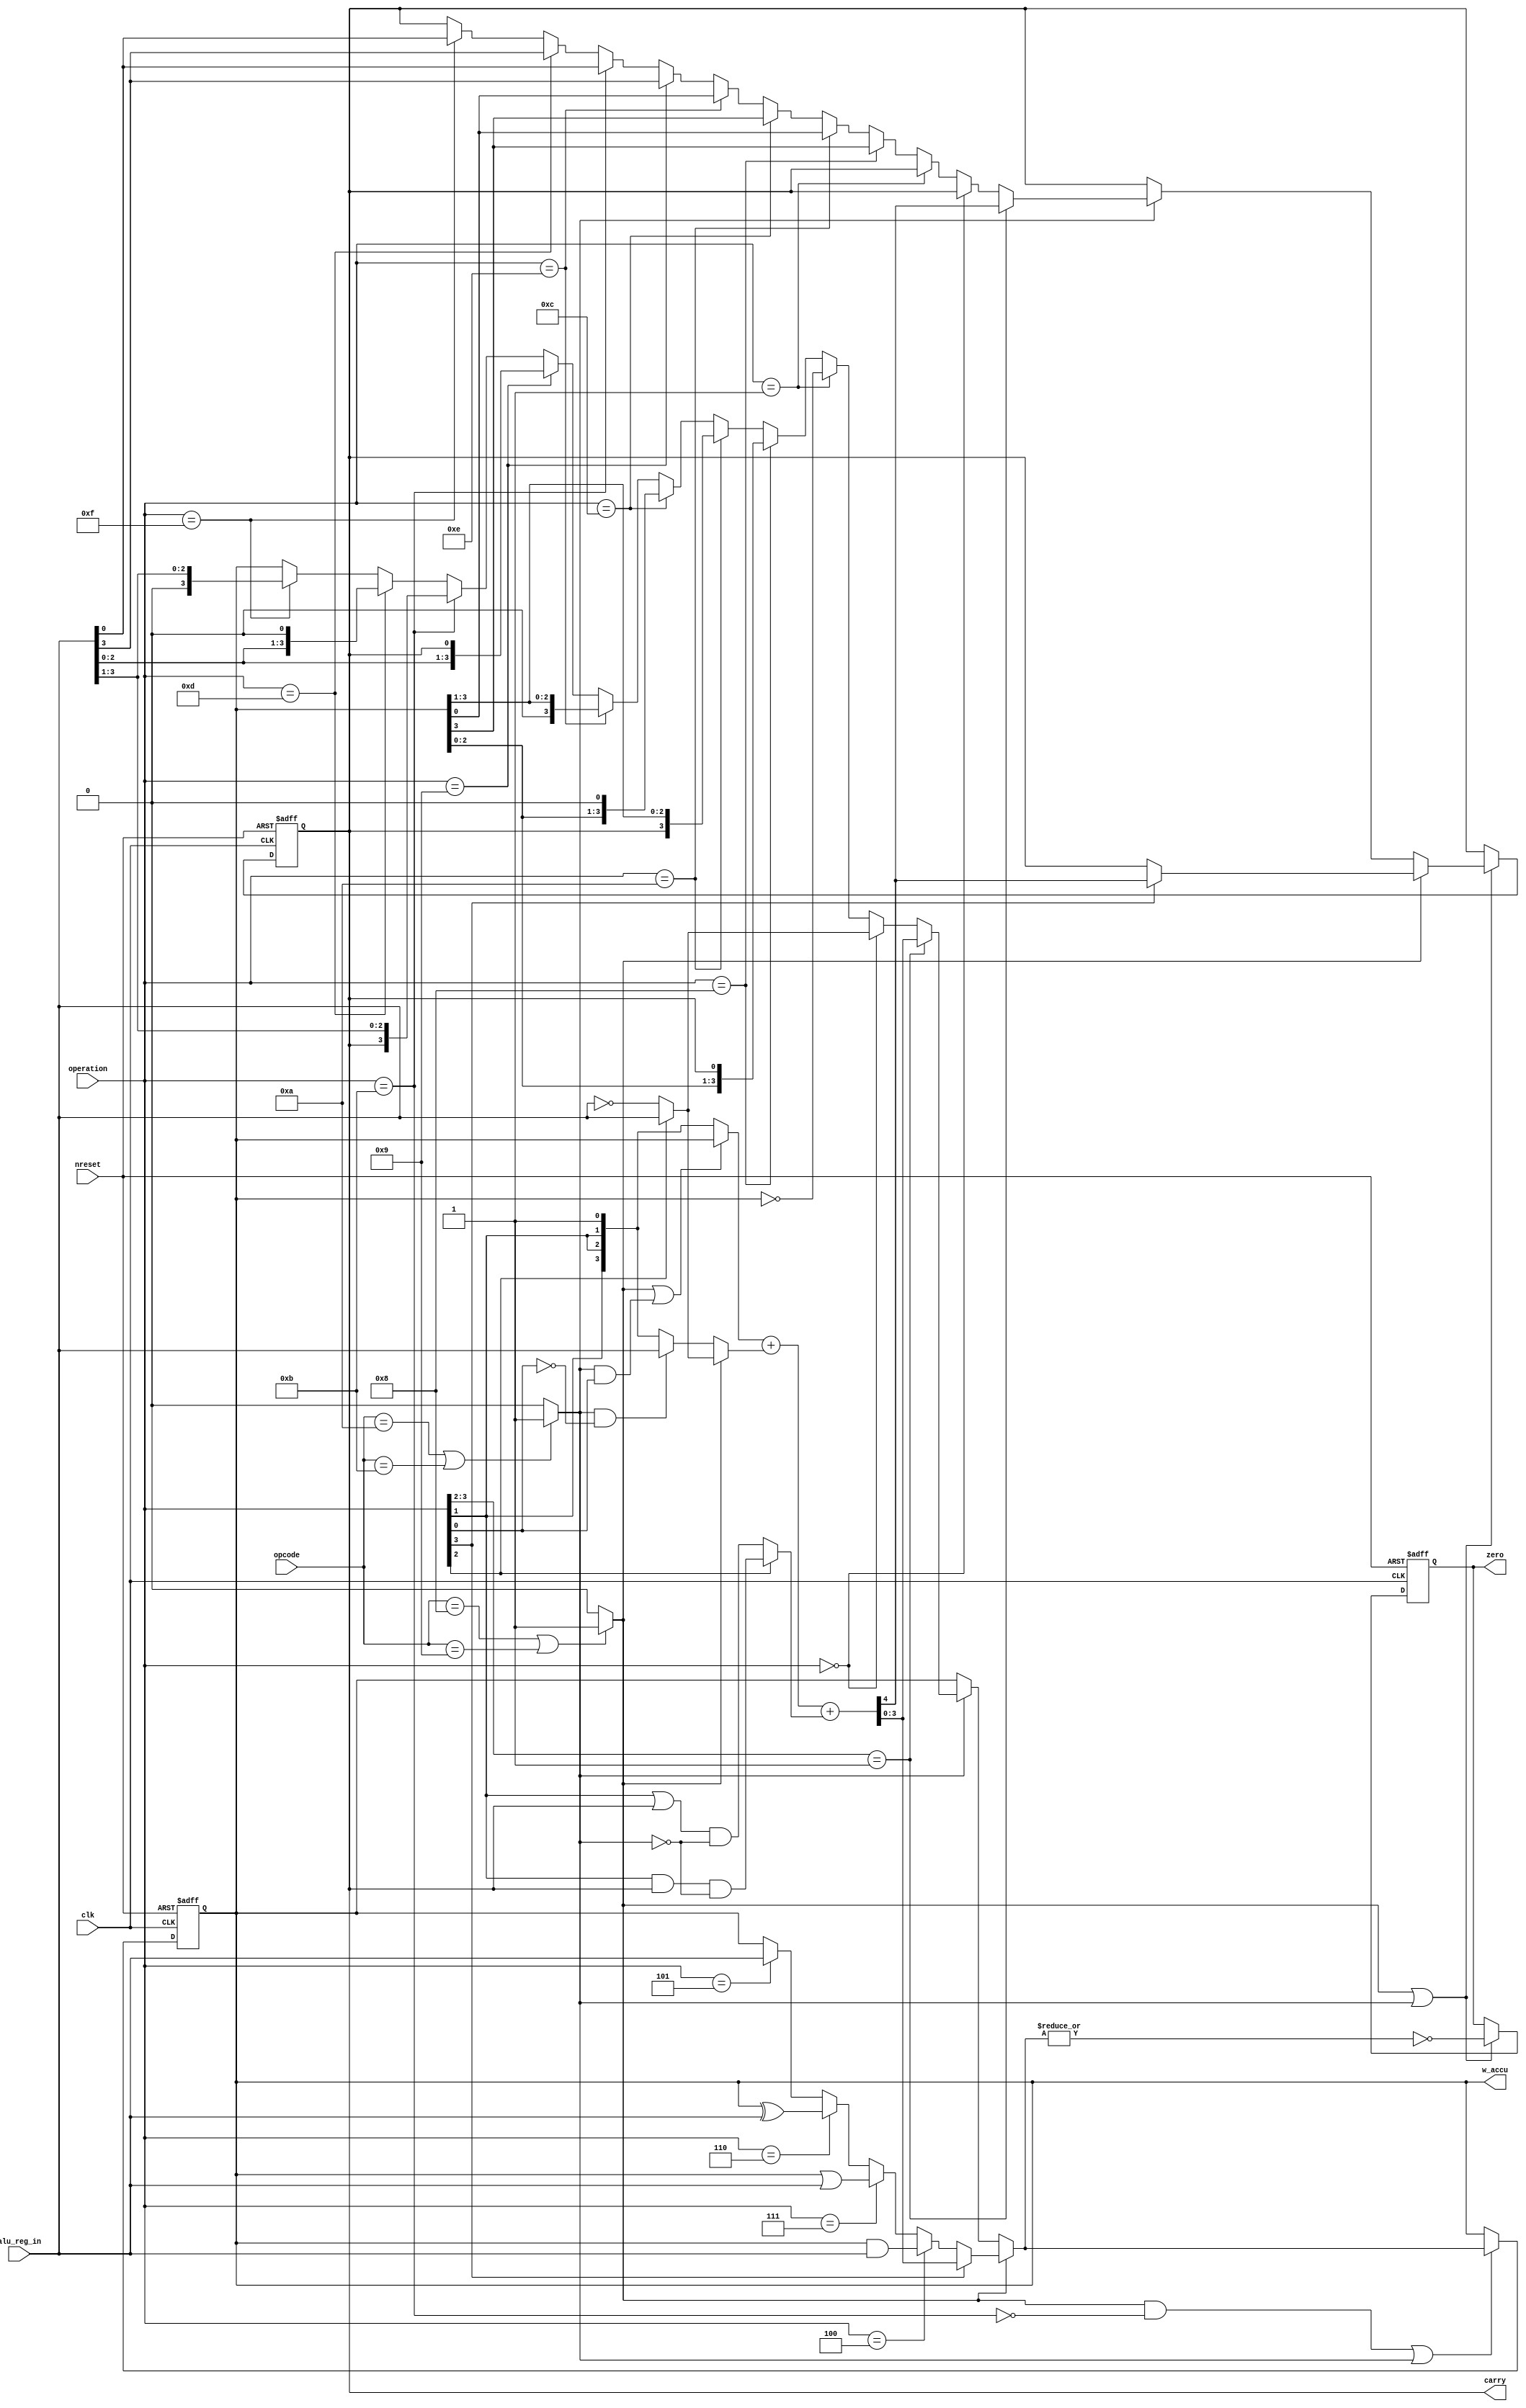
/*
///////////////////////////////////////////////////////////////////////////////
//
// Project        : -
// Block          : risc4b
// Department     : 
// Creation Date  : 
// Author's email : 
// License        : see MIT license file
//
///////////////////////////////////////////////////////////////////////////////
//
// Module Description:
// 
// ALU (Arithmetic Logic Unit) for RISC4B (4 bits RISC)
//
///////////////////////////////////////////////////////////////////////////////
//
// Design Notes :  
//
///////////////////////////////////////////////////////////////////////////////
*/
`timescale 1ns / 1ps

module alu (
           nreset      , 
           clk         ,
           opcode      ,
           operation   ,
           alu_reg_in  ,
           w_accu      ,
           zero        ,
           carry
);

parameter REG_SIZE     = 4 ;

input            nreset      ;
input            clk         ;   
input [3:0]      opcode      ;
input [3:0]      operation   ;
input      [(REG_SIZE-1):0] alu_reg_in  ;
output reg [(REG_SIZE-1):0] w_accu      ;
output reg       zero        ;
output reg       carry       ;

// signals that indicates binary/unary instructions
wire       binary_op ;
wire       unary_op  ;
reg        CO        ;
wire       Y         ;
wire       Z         ;
wire [(REG_SIZE-1):0] Reg_xor   ;
reg  [(REG_SIZE-1):0] W         ;
wire [(REG_SIZE-1):0] in_A      ;
wire [(REG_SIZE-1):0] in_B      ;
wire [(REG_SIZE):0] S           ;

//-------------------------------------------
//-- unary or binary
//-------------------------------------------
assign binary_op = (opcode==4'h8 || opcode==4'h9) ? 1'b1 : 1'b0;
assign unary_op  = (opcode==4'hA || opcode==4'hB) ? 1'b1 : 1'b0;

//-------------------------------------------
//-- Y is the ADDER Carry-in
//-------------------------------------------
assign Y = (!operation[2]) ? ((operation[1] || carry) && !unary_op) :
                             ((operation[1] && carry) && !unary_op);

assign Z = ~|W; 

assign Reg_xor = (operation[2]) ? alu_reg_in : ~alu_reg_in;

//-------------------------------------------
//-- ADDER for ADD, ADDC, SUB, SUBC, INC, DEC
//-------------------------------------------
assign in_A = (binary_op || (unary_op && operation[0])) ? w_accu :
                                                          {{(REG_SIZE-1){operation[1]}}, 1'b1};
//              {operation[1], operation[1], operation[1], 1'b1};

assign in_B = (binary_op) ?                     Reg_xor    :
              ((unary_op) && (!operation[0])) ? alu_reg_in :
                                                {{(REG_SIZE-1){operation[1]}}, 1'b1};
//                  {operation[1], operation[1], operation[1], 1'b1};

assign #(2) S = in_A + in_B + Y;
  
//-------------------------------------------
//-- output process
//-------------------------------------------
always @(*)  
begin
    #(2) W  = w_accu;
    #(2) CO = carry; 

    // Binary operations
    if (binary_op) 
    begin	  
           if (operation[3])    {CO, W} = S; // ADD, SUB
      else if (operation==4'h4) W = w_accu & alu_reg_in; // AND
	  else if (operation==4'h7) W = w_accu | alu_reg_in; // OR
	  else if (operation==4'h6) W = w_accu ^ alu_reg_in; // XOR
	  else if (operation==4'h5) W = alu_reg_in; // NOP	  
	end

    // Unary Operations
    else if (unary_op) 
	begin
       // INC, DEC
            if (operation[3:2]==2'b01) {CO, W} = S;
	   	 
	   // NOT
       else if (operation==4'h0) W = Reg_xor;
       else if (operation==4'h1) W = ~w_accu;
	   
	   // RRL, RLC, SHL, SHR
       else if (operation==4'h8) {CO, W[(REG_SIZE-1):0]} = {w_accu[(REG_SIZE-1):0], carry}; // RLC
	   else if (operation==4'hA) {W[(REG_SIZE-1):0], CO} = {carry, w_accu[(REG_SIZE-1):0]}; // RRC
	   else if (operation==4'hC) {CO, W[(REG_SIZE-1):0]} = {w_accu[(REG_SIZE-1):0], 1'b0};  // SHL
	   else if (operation==4'hE) {W[(REG_SIZE-1):0], CO} = {1'b0, w_accu[(REG_SIZE-1):0]};  // SHR
	   
	   else if (operation==4'h9) {CO, W[(REG_SIZE-1):0]} = {alu_reg_in[(REG_SIZE-1):0], carry}; // RLC
	   else if (operation==4'hB) {W[(REG_SIZE-1):0], CO} = {carry, alu_reg_in[(REG_SIZE-1):0]}; // RRC
	   else if (operation==4'hD) {CO, W[(REG_SIZE-1):0]} = {alu_reg_in[(REG_SIZE-1):0], 1'b0};  // SHL
	   else if (operation==4'hF) {W[(REG_SIZE-1):0], CO} = {1'b0, alu_reg_in[(REG_SIZE-1):0]};  // SHR
	
    end // Unary Operations    

end

//-------------------------------------------
//-- synchronize outputs
//-------------------------------------------
always@(posedge clk or negedge nreset)
begin
    if (!nreset) 
        w_accu <= 'b0;
    else if ((binary_op && !(operation==4'hB)) || unary_op) 
        w_accu <= W; 
end

always@(posedge clk or negedge nreset)
begin
    if (!nreset) 
	begin
        carry <= 1'b0;
        zero  <= 1'b0;
	end
    else if (binary_op || unary_op) 
    begin    
        carry <= CO;
        zero  <= Z;      
    end
end

endmodule